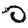
Digit: 0